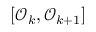
[ \mathcal { O } _ { k } , \mathcal { O } _ { k + 1 } ]